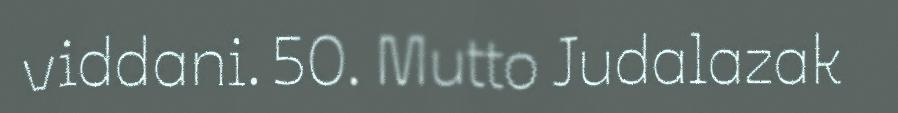
viddani. 50. Mutto Judalazak